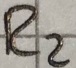
Text: R2